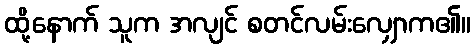
ထို့နောက် သူက အလျင် စတင်လမ်းလျှောက၏။